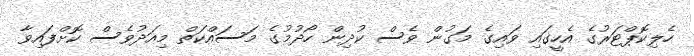
ހެލިކޮޕްޓަރުގެ އެހީގައި ވައިގެ މަގުން ވެސް ކުދިން ހޯދުމުގެ މަސައްކަތް މިއަދުވެސް ކޮށްފައިވާ